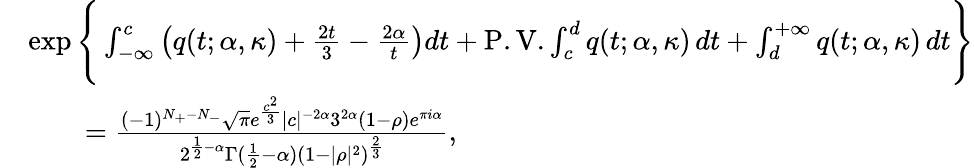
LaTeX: \begin{array}{rl}&{\exp\Bigg\{ \int_{-\infty}^{c}\left(q(t;\alpha,\kappa)+\frac{2t}{3}-\frac{2\alpha}{t}\right)dt+\mathrm{P.V.}\int_{c}^{d}q(t;\alpha,\kappa)\, dt+\int_{d}^{+\infty}q(t;\alpha,\kappa)\, dt\Bigg\} }\\ &{\qquad=\frac{(-1)^{N_{+}-N_{-}}\sqrt{\pi}e^{\frac{c^{2}}{3}}|c|^{-2\alpha}3^{2\alpha}(1-\rho)e^{\pi i\alpha}}{2^{\frac{1}{2}-\alpha}\Gamma(\frac{1}{2}-\alpha)(1-|\rho|^{2})^{\frac{2}{3}}},}\end{array}